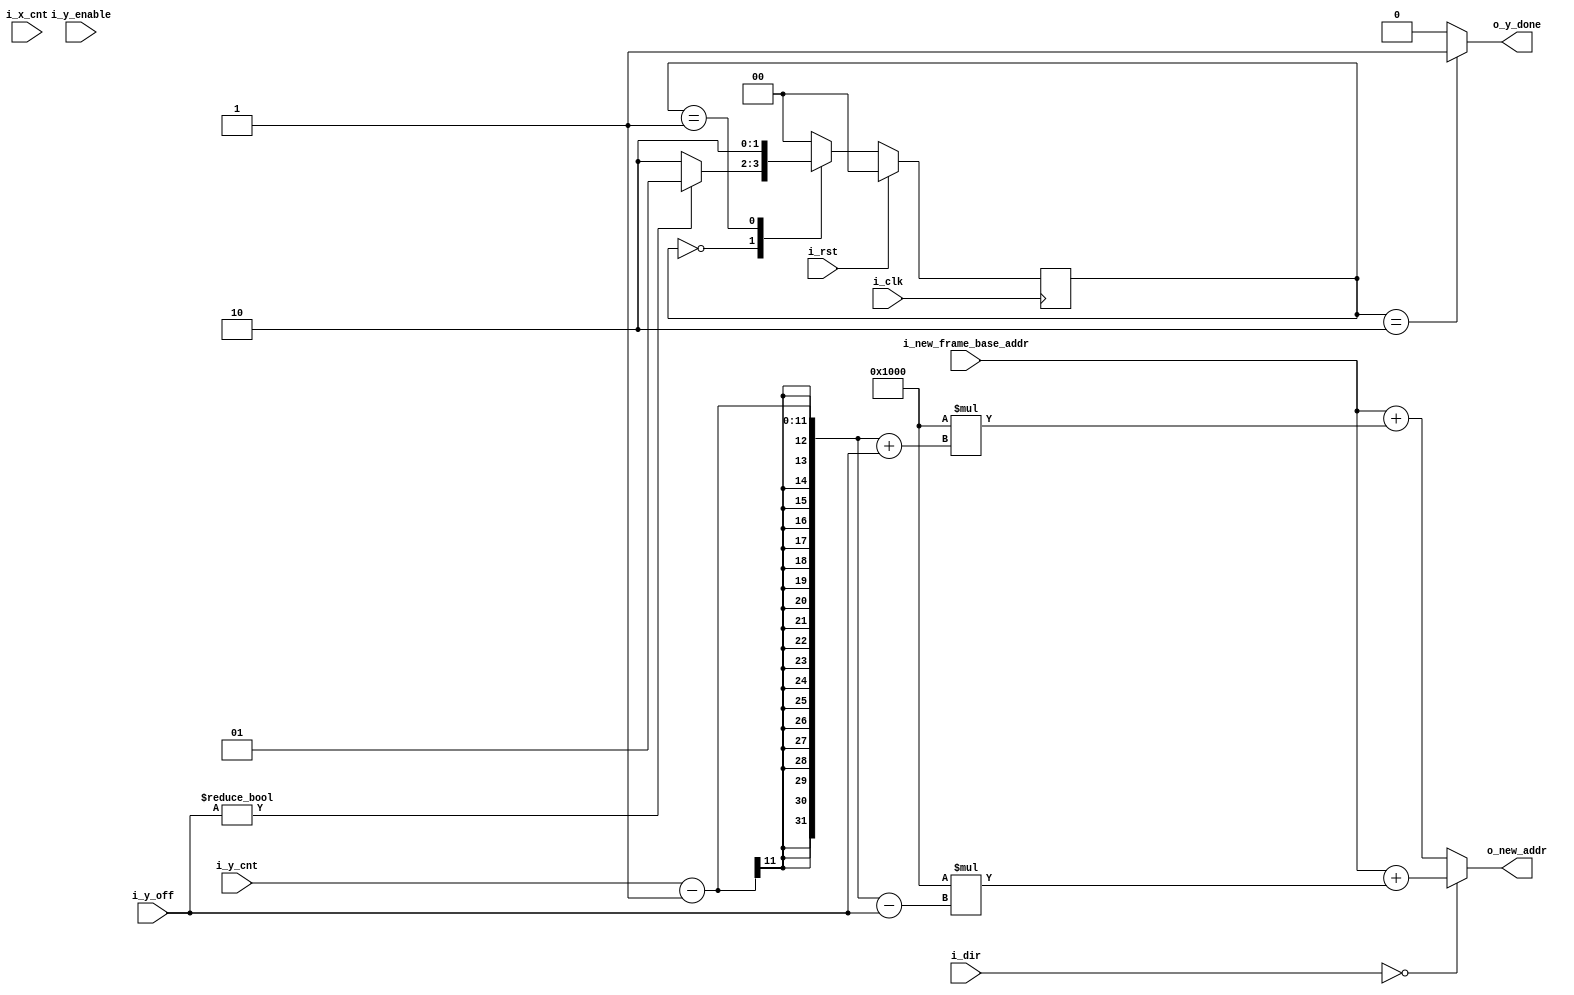
`timescale 1ns / 1ps


module V_ADDR_GEN (

    i_clk,
    i_rst,
    i_y_enable,
    i_new_frame_base_addr,
    i_y_off,
    i_dir,
    i_x_cnt,
    i_y_cnt,
    o_y_done,
    o_new_addr

);

// param declarations and fsm states

    localparam	    VIDEO_BASE_ADDR				  = 32'h3FFEA000;//32'h3FFF9000; 32'h40000000; 32'h3FFF0000;
    localparam      C_STATE_BITS				  = 2;
    localparam      [C_STATE_BITS-1:0]      INITIAL	          = 0,
                                            V_ADDR_GEN            = 1,
					    DONE		  = 2;
// inputs and outputs

    input		  i_clk;
    input		  i_rst;
    input		  i_y_enable;
    input   	  [31:0]  i_new_frame_base_addr;
    input   	  [31:0]  i_y_off;
    input	  [31:0]  i_dir;
    input	  [9:0]   i_x_cnt;
    input	  [10:0]  i_y_cnt;
    output  reg		  o_y_done; 
    output  reg   [31:0]  o_new_addr;

// REG and wire declarations

// FSM
    reg  [C_STATE_BITS-1:0] curr_state;
    reg  [C_STATE_BITS-1:0] next_state;


    //Address generation can be done using just combinational logic

    always@(*)
    begin
      // multiple by 1024 * 4 because video memory in MPMC is byte addressable
	  // each pixel is 32 bits (or 4 bytes)
	  // each line has 1024 pixels
	  if (i_dir == 0)
	  begin
	    o_new_addr <= (i_new_frame_base_addr + 4096*((i_y_cnt-1) - i_y_off));
	  end
	  else 
	  begin
	    o_new_addr <= (i_new_frame_base_addr + 4096*((i_y_cnt-1) + i_y_off));
	  end
    end


// fsm next state logic

    always @ (*)
    begin
      case(curr_state)
	INITIAL:
	begin
	  if (i_y_off != 0)
	  begin
	    next_state <= V_ADDR_GEN;
	  end
	  else 
	  begin
	    next_state <= DONE;
	  end
	end
	V_ADDR_GEN:
	begin
	  next_state <= DONE;
	end
	DONE:
	begin
	  next_state <= INITIAL;
	end
	default:
	begin
	  next_state <= INITIAL;
	end
      endcase
    end


// combinational outputs based on FSM state
// dir = 0, up shift
// dir = 1, down shift
  
    always @ (*)
    begin
      case (curr_state)
        INITIAL:
        begin
          o_y_done <= 0;
        end
        V_ADDR_GEN:
        begin
          o_y_done <= 0;        
        end
        DONE:
        begin
          o_y_done <= 1;
        end
        default:
        begin
          o_y_done <= 0;
        end
      endcase
    end

// fsm state update

    always @ (posedge i_clk)
      begin
	if (i_rst)
	begin
	  curr_state <= INITIAL;
	end
	else
	begin
	  curr_state <= next_state;
	end
      end


endmodule